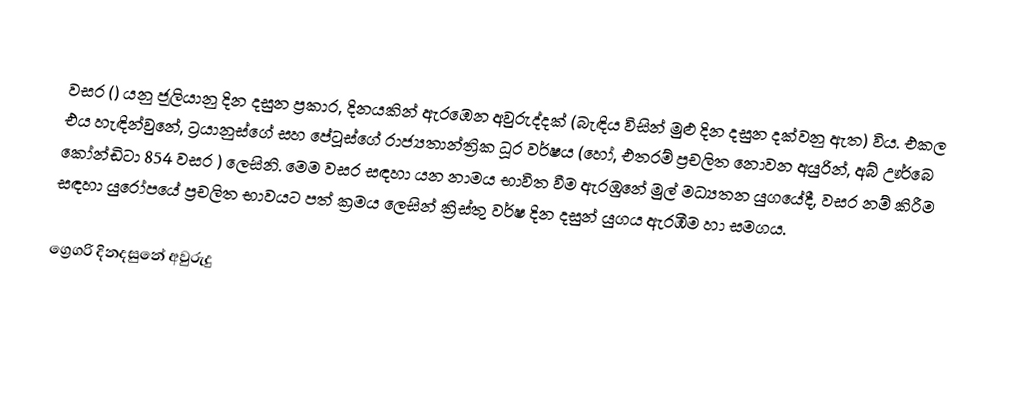

වසර   () යනු  ජූලියානු දින දසුන ප්‍රකාර,    දිනයකින් ඇරඹෙන  අවුරුද්දක්   (බැඳිය විසින් මුළු දින දසුන දක්වනු ඇත)  විය. එකල එය හැඳින්වුනේ, 	ට්‍රයානුස්ගේ	 සහ 	පේටූස්ගේ	  රාජ්‍යතාන්ත්‍රික  ධූර වර්ෂය  (හෝ, එතරම් ප්‍රචලිත නොවන අයුරින්,  අබ් ඌර්බෙ කෝන්ඩිටා 	854	  වසර  ) ලෙසිනි. මෙම වසර සඳහා   යන නාමය භාවිත වීම ඇරඹුනේ මුල් මධ්‍යතන යුගයේදී, වසර නම් කිරීම සඳහා යුරෝපයේ ප්‍රචලිත භාවයට පත් ක්‍රමය ලෙසින් ක්‍රිස්තු වර්ෂ දින දසුන් යුගය ඇරඹීම හා සමගය.

ග්‍රෙගරි දිනදසුනේ අවුරුදු